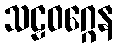
သဠဝဂ္ဂေန